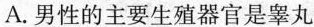
A.男性的主要生殖器官是睾丸